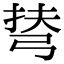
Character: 𢏪